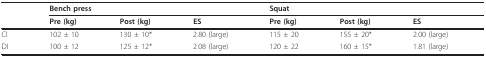
<table><thead><tr><td></td><td colspan="3"><b>Bench press</b></td><td colspan="3"><b>Squat</b></td></tr><tr><td></td><td><b>Pre (kg)</b></td><td><b>Post (kg)</b></td><td><b>ES</b></td><td><b>Pre (kg)</b></td><td><b>Post (kg)</b></td><td><b>ES</b></td></tr></thead><tbody><tr><td>CI</td><td>102 ± 10</td><td>130 ± 10*</td><td>2.80 (large)</td><td>115 ± 20</td><td>155 ± 20*</td><td>2.00 (large)</td></tr><tr><td>DI</td><td>100 ± 12</td><td>125 ± 12*</td><td>2.08 (large)</td><td>120 ± 22</td><td>160 ± 15*</td><td>1.81 (large)</td></tr></tbody></table>